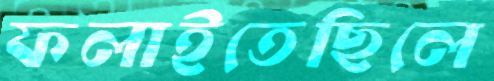
ফলাইতেছিলে